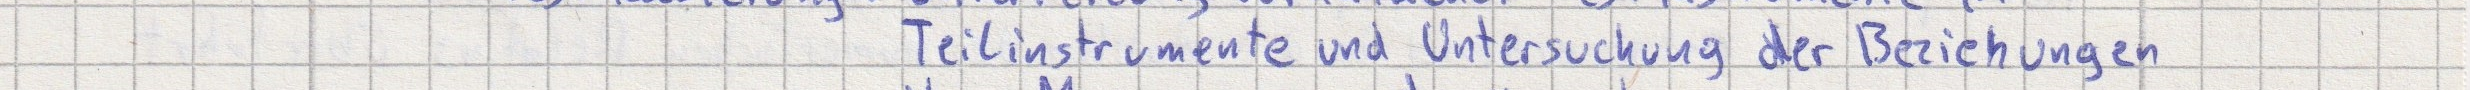
Teilinstrumente und Untersuchung der Beziehungen